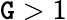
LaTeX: \mathtt{G}>1